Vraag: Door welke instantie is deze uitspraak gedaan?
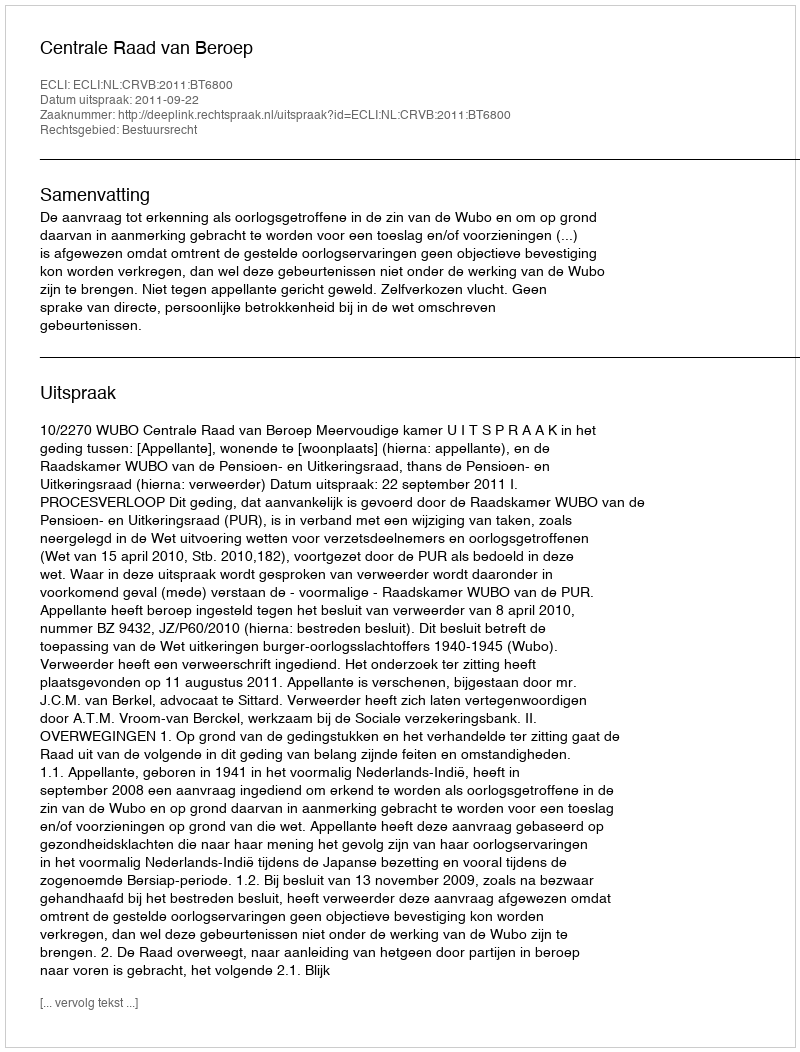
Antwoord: Centrale Raad van Beroep